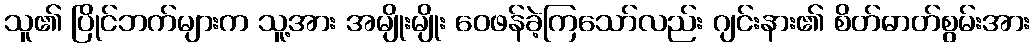
သူ၏ ပြိုင်ဘက်များက သူ့အား အမျိုးမျိုး ဝေဖန်ခဲ့ကြသော်လည်း ဂျင်းနား၏ စိတ်ဓာတ်စွမ်းအား